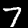
Label: 7